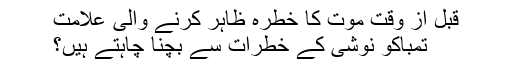
قبل از وقت موت کا خطرہ ظاہر کرنے والی علامت
تمباکو نوشی کے خطرات سے بچنا چاہتے ہیں؟